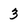
Character: 3